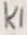
Text: K1